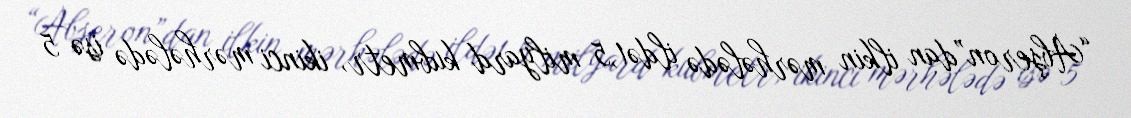
“Abşeron”dan ilkin mərhələdə ildə1,5 milyard kubmetr, ikinci mərhələdə isə 5